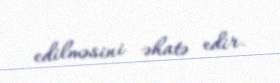
edilməsini əhatə edir.